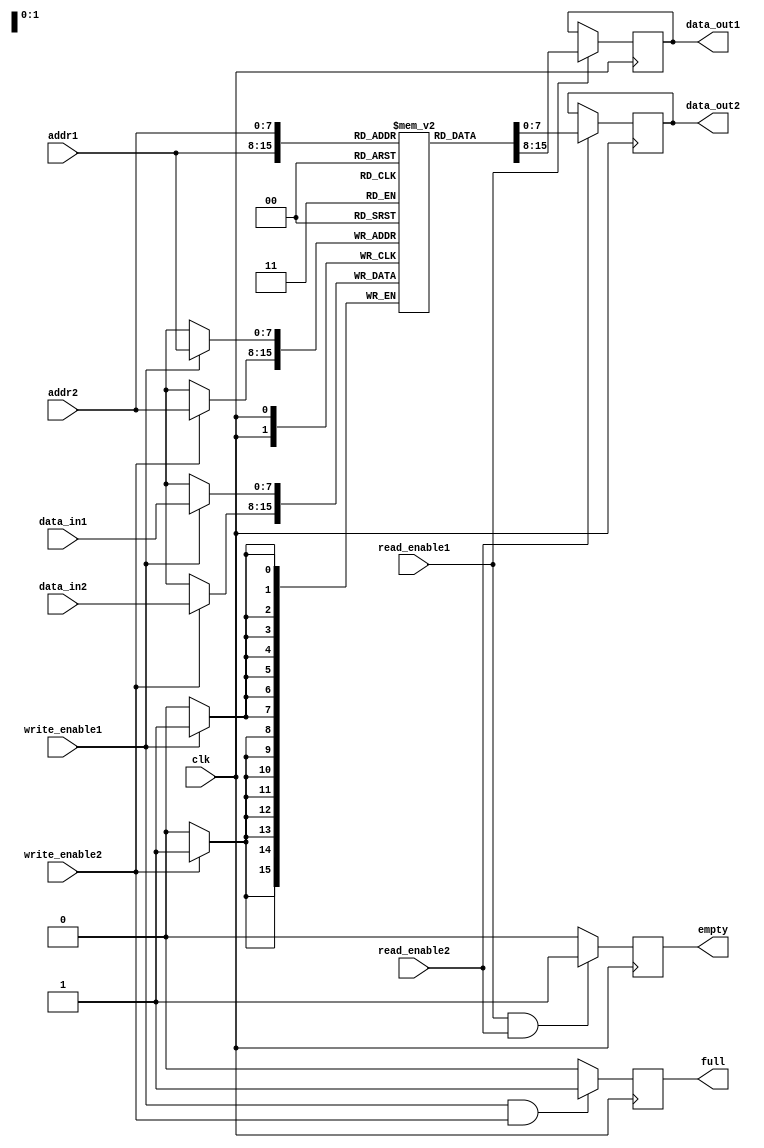
module dual_port_ram (
  input wire clk,
  input wire [7:0] addr1,
  input wire [7:0] addr2,
  input wire [7:0] data_in1,
  input wire [7:0] data_in2,
  input wire write_enable1,
  input wire write_enable2,
  input wire read_enable1,
  input wire read_enable2,
  output reg [7:0] data_out1,
  output reg [7:0] data_out2,
  output reg full,
  output reg empty
);

reg [7:0] memory [0:255];

always @(posedge clk) begin
  if(write_enable1) begin
    memory[addr1] <= data_in1;
  end
  if(write_enable2) begin
    memory[addr2] <= data_in2;
  end
  
  if(read_enable1) begin
    data_out1 <= memory[addr1];
  end
  if(read_enable2) begin
    data_out2 <= memory[addr2];
  end
  
  if(write_enable1 && write_enable2)
    full <= 1;
  else
    full <= 0;
  
  if(read_enable1 && read_enable2)
    empty <= 1;
  else
    empty <= 0;
end

endmodule